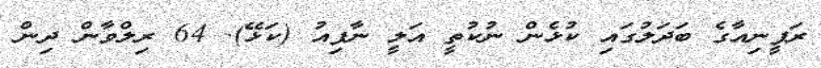
ރަފީނިއާގެ ބަދަލުގައި ކުޅެން ނުކުތީ އަލީ ނާފިއު (ކަޅޭ). 64 ރިލްވާން ދިން